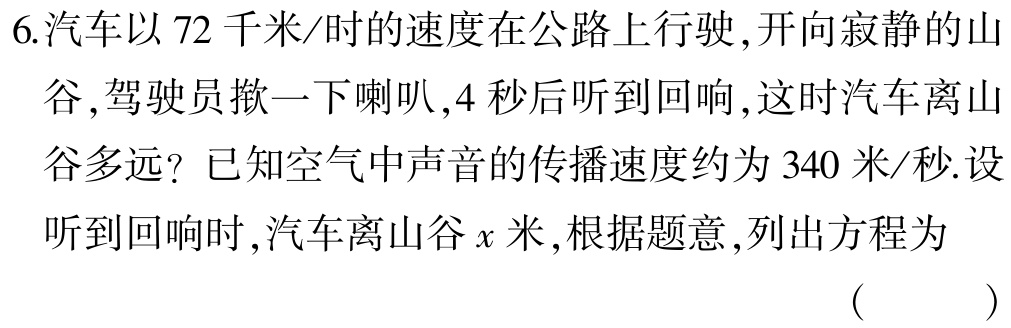
6.汽车以 72 千米/时的速度在公路上行驶,开向寂静的山谷,驾驶员揿一下喇叭,4 秒后听到回响,这时汽车离山谷多远？已知空气中声音的传播速度约为 340 米/秒.设听到回响时,汽车离山谷\(x\)米,根据题意,列出方程为 （  ）